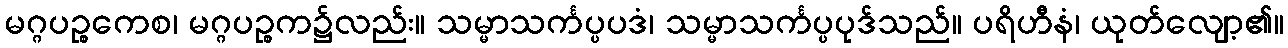
မဂ္ဂပဉ္စကေစ၊ မဂ္ဂပဉ္စက၌လည်း။ သမ္မာသင်္ကပ္ပပဒံ၊ သမ္မာသင်္ကပ္ပပုဒ်သည်။ ပရိဟီနံ၊ ယုတ်လျော့၏။